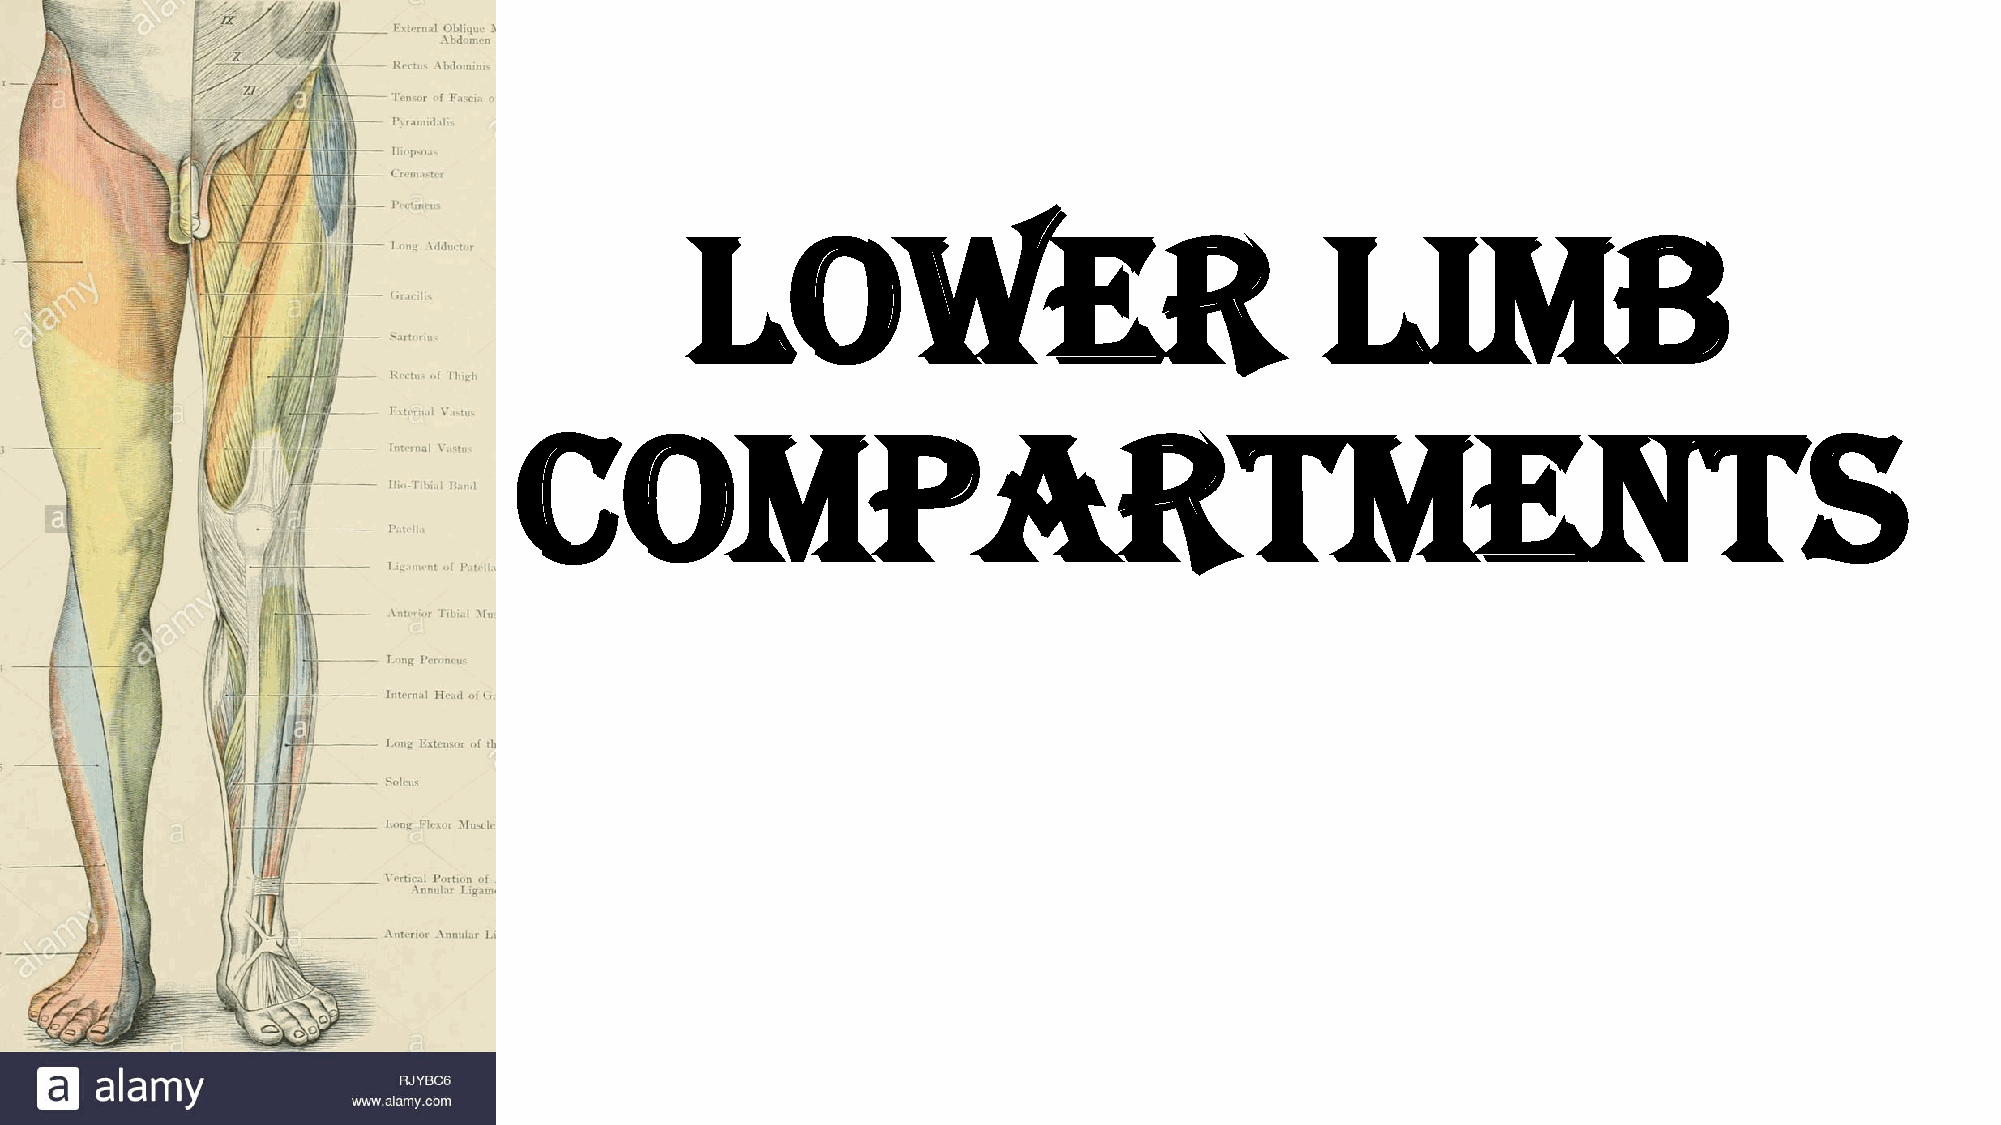
Lower                                     Limb
 Compartments